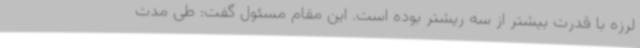
لرزه با قدرت بیشتر از سه ریشتر بوده است. این مقام مسئول گفت: طی مدت